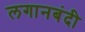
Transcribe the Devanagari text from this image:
लगानबंदी